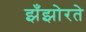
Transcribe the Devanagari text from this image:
झँझोरते